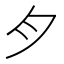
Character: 𱼀